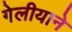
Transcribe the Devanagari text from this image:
गेलीयाने